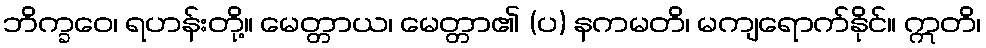
ဘိက္ခဝေ၊ ရဟန်းတို့။ မေတ္တာယ၊ မေတ္တာ၏ (ပ) နကမတိ၊ မကျရောက်နိုင်။ ဣတိ၊